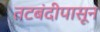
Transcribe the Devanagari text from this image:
तटबंदीपासून